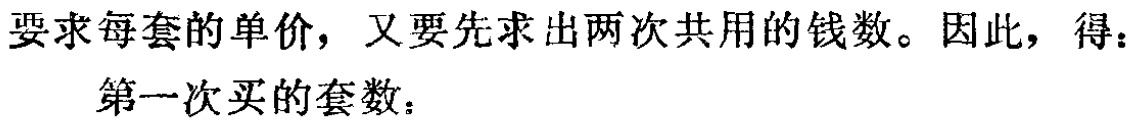
要求每套的单价，又要先求出两次共用的钱数。因此，得：
第一次买的套数：